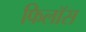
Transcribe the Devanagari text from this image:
फिलॉस